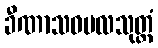
ခီဏာသဝဗလသုတ္တံ